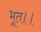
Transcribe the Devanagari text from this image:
भूत।।